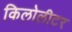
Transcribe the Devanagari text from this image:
किलोलीटर